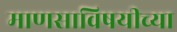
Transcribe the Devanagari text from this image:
माणसाविषयीच्या